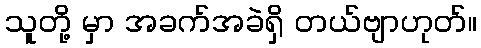
သူတို့ မှာ အခက်အခဲရှိ တယ်ဗျာဟုတ်။